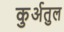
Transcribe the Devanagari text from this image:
कुर्अतुल